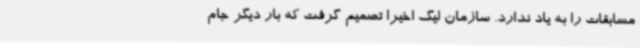
مسابقات را به یاد ندارد. سازمان لیگ اخیرا تصمیم گرفت که بار دیگر جام